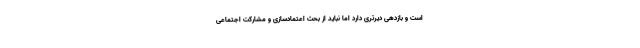
است و بازدهی دیرتری دارد اما نباید از بحث اعتمادسازی و مشارکت اجتماعی